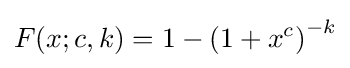
F(x;c,k)=1-\left(1+x^{c}\right)^{-k}